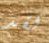
لقد